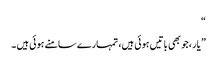
“
” یار ،جو بھی باتیں ہوئی ہیں، تمہارے سامنے ہوئی ہیں ۔